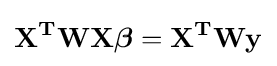
\mathbf {X^{T}WX{\boldsymbol {\beta }}=X^{T}Wy}